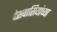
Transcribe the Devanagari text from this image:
देशवासियांच्या